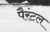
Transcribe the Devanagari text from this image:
पैरंटल